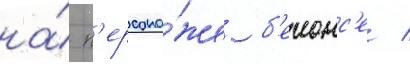
на́ п'ерсона́же б'еионс'е /